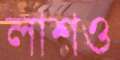
লাশও